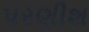
પરણીશ